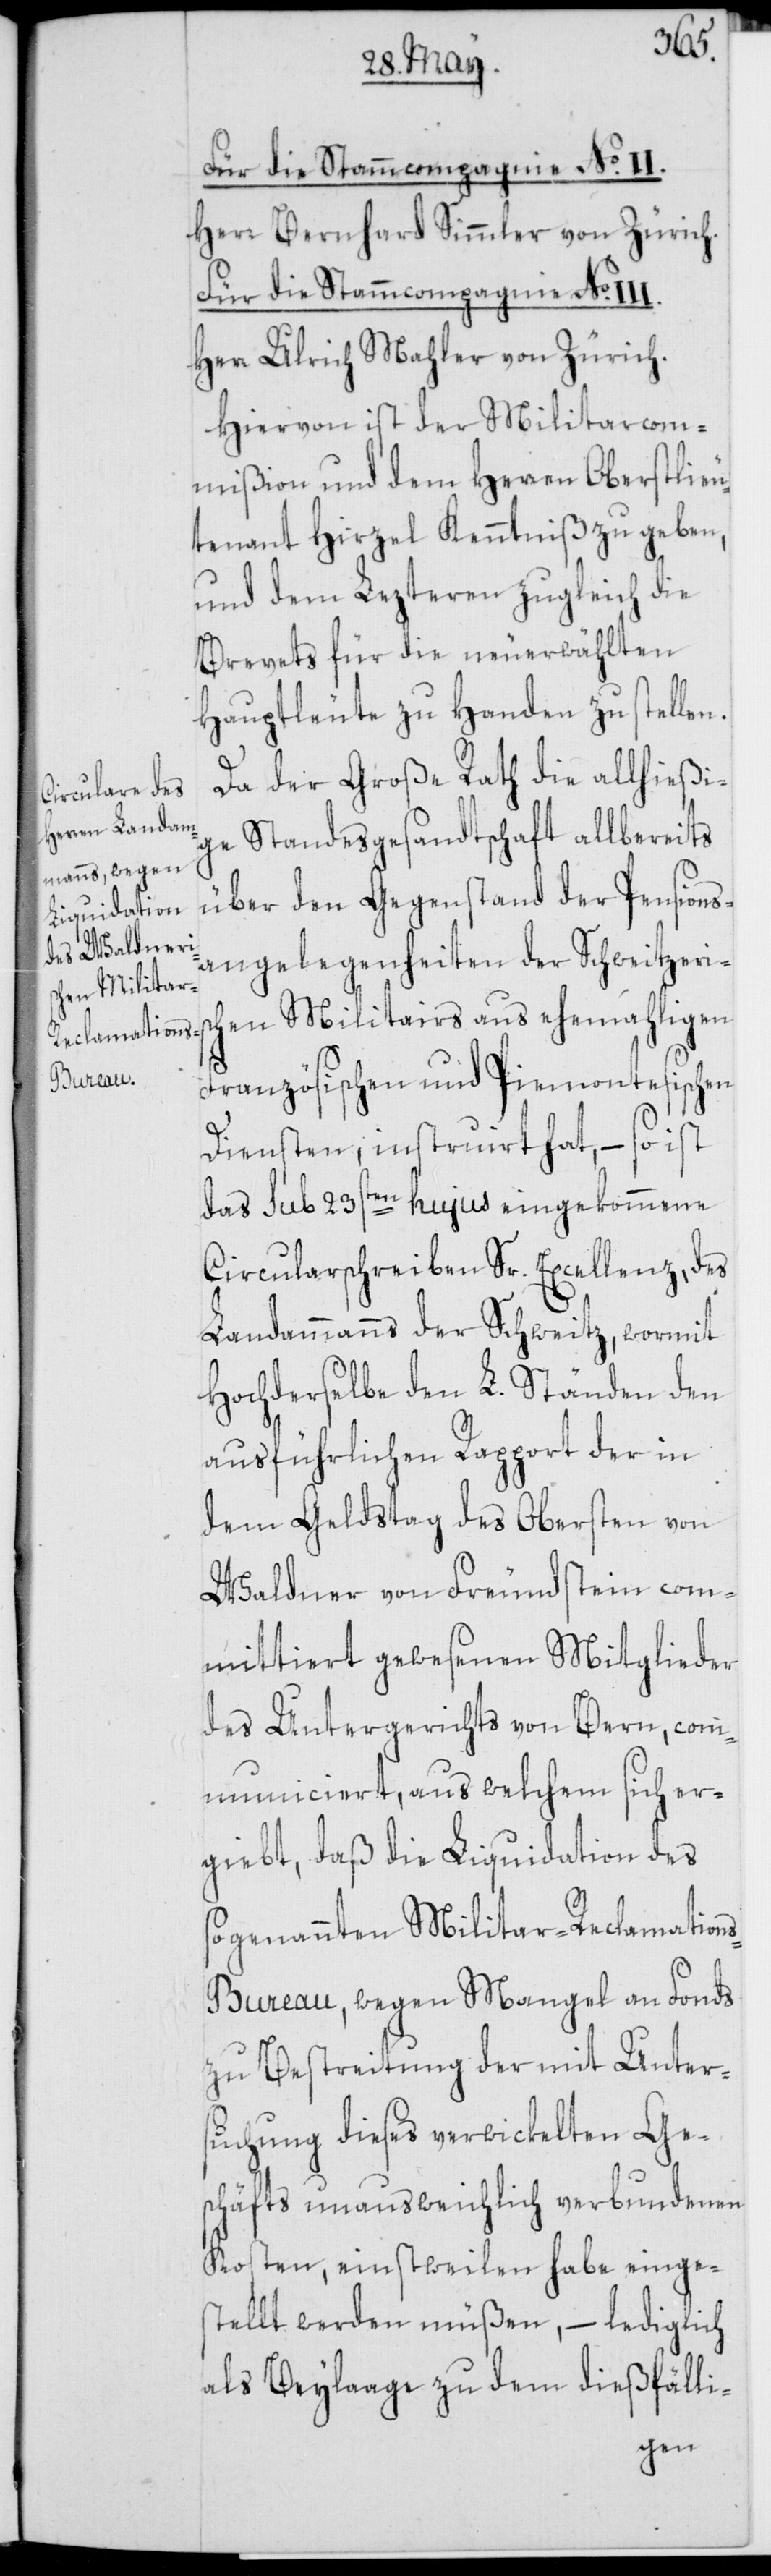
Für die Stammcompagnie No. II¬
Herr Bernhard Simmler von Zürich.
Herr Ulrich Mahler von Zürich.
Hiervon ist der Militarcom¬
mißion und dem Herren Oberstlieu¬
tenant Hirzel Kenntniß zu geben,
und dem Lezteren zugleich die
Brevets für die neu erwählten
Hauptleute zu Handen zu stellen.
I.
Da der Große Rath die allhießi¬
ge Standesgesandtschaft allbereits
über den Gegenstand der Pensions¬
angelegenheiten der Schweitzeris¬
chen Militairs aus ehemahligen
Französischen und Piemontesischen
Diensten, instruirt hat, – so ist
das sub 23sten hujus eingekommene
Circularschreiben Sr. Excellenz, des
Landammanns der Schweitz, wormit
Hochderselbe den L. Ständen den
ausführlichen Rapport der in
dem Geldstag des Obersten von
Waldner von Freundstein com¬
mittiert gewesenen Mitglieder
des Untergerichts von Bern, com¬
municiert, aus welchem sich er¬
giebt, daß die Liquidation des
sogenannten Militar-Reclamation¬
s-Bureau, wegen Mangel an Fonds
zu Bestreitung der mit Unter¬
suchung dieses verwickelten Ge¬
schäfts unausweichlich verbundenen
Kosten, einstweilen habe einge¬
stellt werden müßen, – lediglich
als Beylaage zu dem dießfälli-